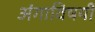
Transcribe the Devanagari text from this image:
अंगाविषयी